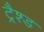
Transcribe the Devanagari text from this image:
ट्रैश्ड